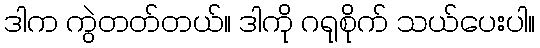
ဒါက ကွဲတတ်တယ်။ ဒါကို ဂရုစိုက် သယ်ပေးပါ။